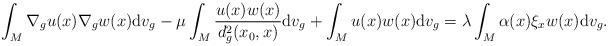
LaTeX: \begin{align*}\int_M \nabla_gu(x)\nabla_gw(x){\rm d}v_g -\mu\int_M\frac{u(x)w(x)}{d^2_g(x_0,x)}{\rm d}v_g+\int_Mu(x)w(x){\rm d}v_g=\lambda\int_M \alpha(x)\xi_x w(x){\rm d}v_g.\end{align*}